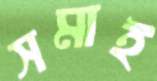
সমাই